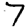
Digit: 7